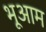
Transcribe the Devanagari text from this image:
भूआम